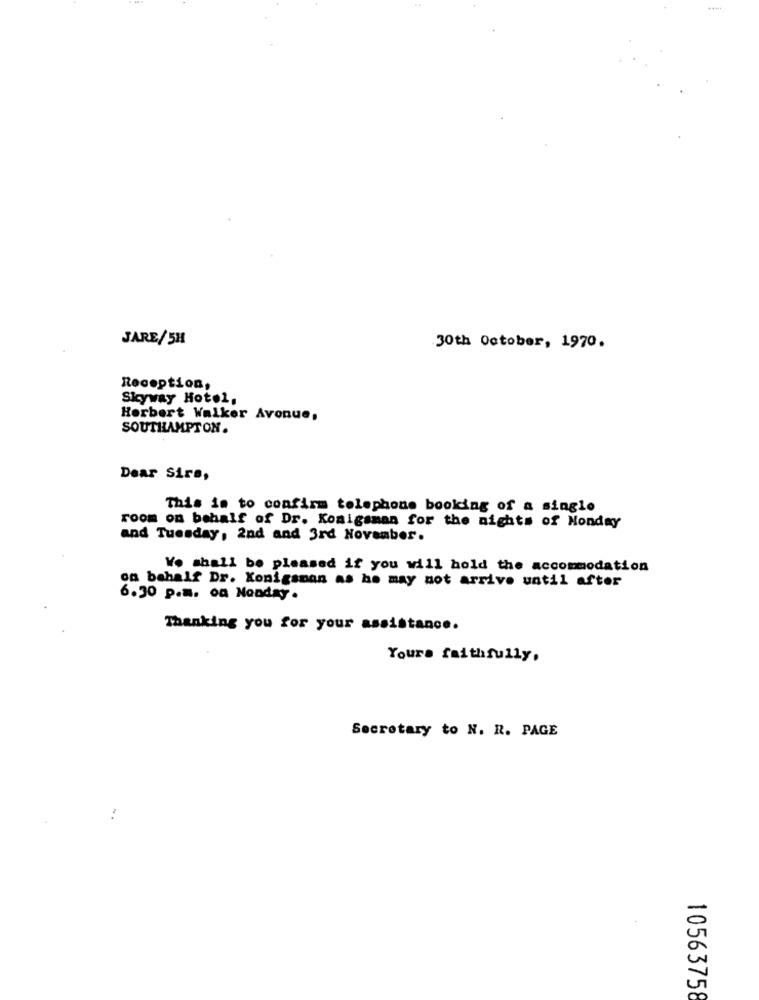
JARE/5H
30th October, 1970.
Reception,
Skyway Hotel,
Herbert Walker Avenue,
SOUTHAMPTON.
Dear Sire,
This is to confirm telephone booking of a single
room on behalf of Dr. Konigsman for the nights of Monday
and Tuesday, 2nd and 3rd November.
Wo shall be pleased if you will hold the accommodation
on behalf Dr. Konigsnon as he may not arrive until after
6.30 p.m. oa Nonday .
Thanking you for your assistance.
Yours faithfully.
Secretary to N. R. PAGE
10563758